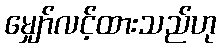
မျှော်လင့်ထားသည်ဟု